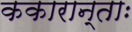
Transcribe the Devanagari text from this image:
ककारान्ताः